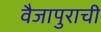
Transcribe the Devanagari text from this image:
वैजापुराची